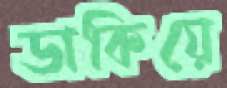
ডাকিয়ে